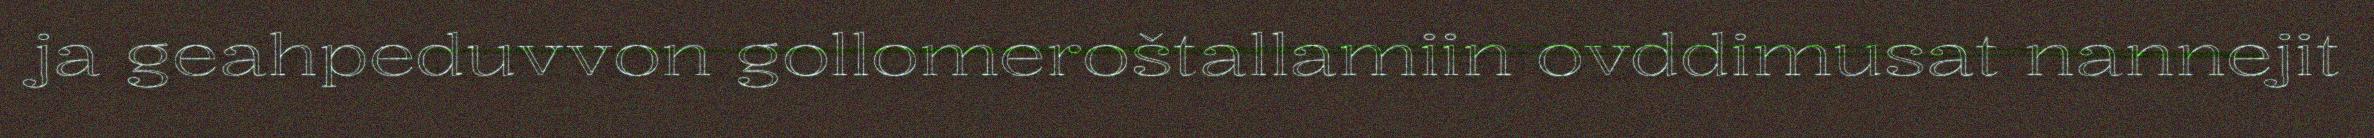
ja geahpeduvvon gollomeroštallamiin ovddimusat nannejit